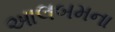
આલબમના